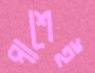
পাশেই